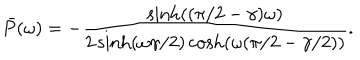
\bar { P } ( \omega ) = - \frac { \sinh ( ( \pi / 2 - \gamma ) \omega ) } { 2 \sinh ( \omega \gamma / 2 ) \cosh ( \omega ( \pi / 2 - \gamma / 2 ) ) } .